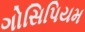
ગોસિપિયમ